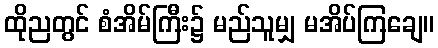
ထိုညတွင် စံအိမ်ကြီး၌ မည်သူမျှ မအိပ်ကြချေ။